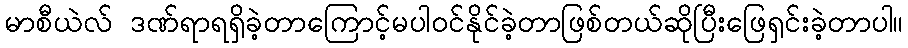
မာစီယဲလ် ဒဏ်ရာရရှိခဲ့တာကြောင့်မပါဝင်နိုင်ခဲ့တာဖြစ်တယ်ဆိုပြီးဖြေရှင်းခဲ့တာပါ။